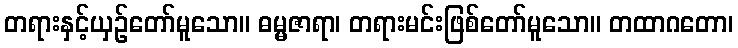
တရားနှင့်ယှဉ်တော်မူသော။ ဓမ္မဇာရာ၊ တရားမင်းဖြစ်တော်မူသော။ တထာဂတော၊